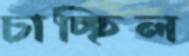
চাচ্ছিল